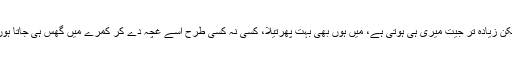
لیکن زیادہ تر جیت میری ہی ہوتی ہے، میں ہوں بھی بہت پھرتیلا، کسی نہ کسی طرح اسے غچہ دے کر کمرے میں گھس ہی جاتا ہوں۔